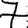
Digit: 7